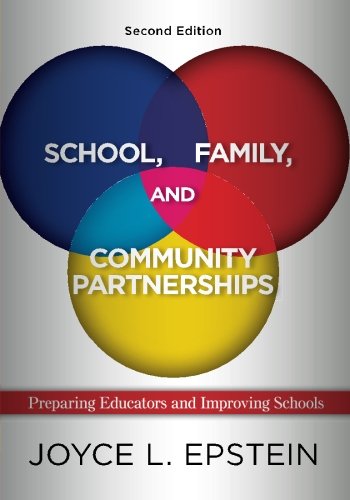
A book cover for School, Family, and Community Partnerships: Preparing Educators and Improving Schools; Joyce L Epstein; Education & Teaching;